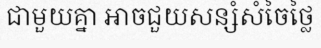
ជាមួយគ្នា អាចជួយសន្សំសំចៃថ្លៃ